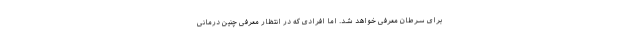
برای سرطان معرفی خواهد شد. اما افرادی که در انتظار معرفی چنین درمانی